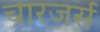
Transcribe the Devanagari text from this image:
चारजर्स